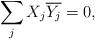
LaTeX: \begin{align*} \sum_{j} X_j\overline {Y_j}=0 ,\end{align*}